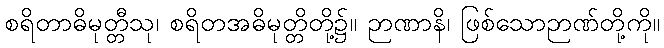
စရိတာဓိမုတ္တီသု၊ စရိတအဓိမုတ္တိတို့၌။ ဉာဏာနိ၊ ဖြစ်သောဉာဏ်တို့ကို။